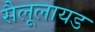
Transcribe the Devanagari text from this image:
सैलूलायड